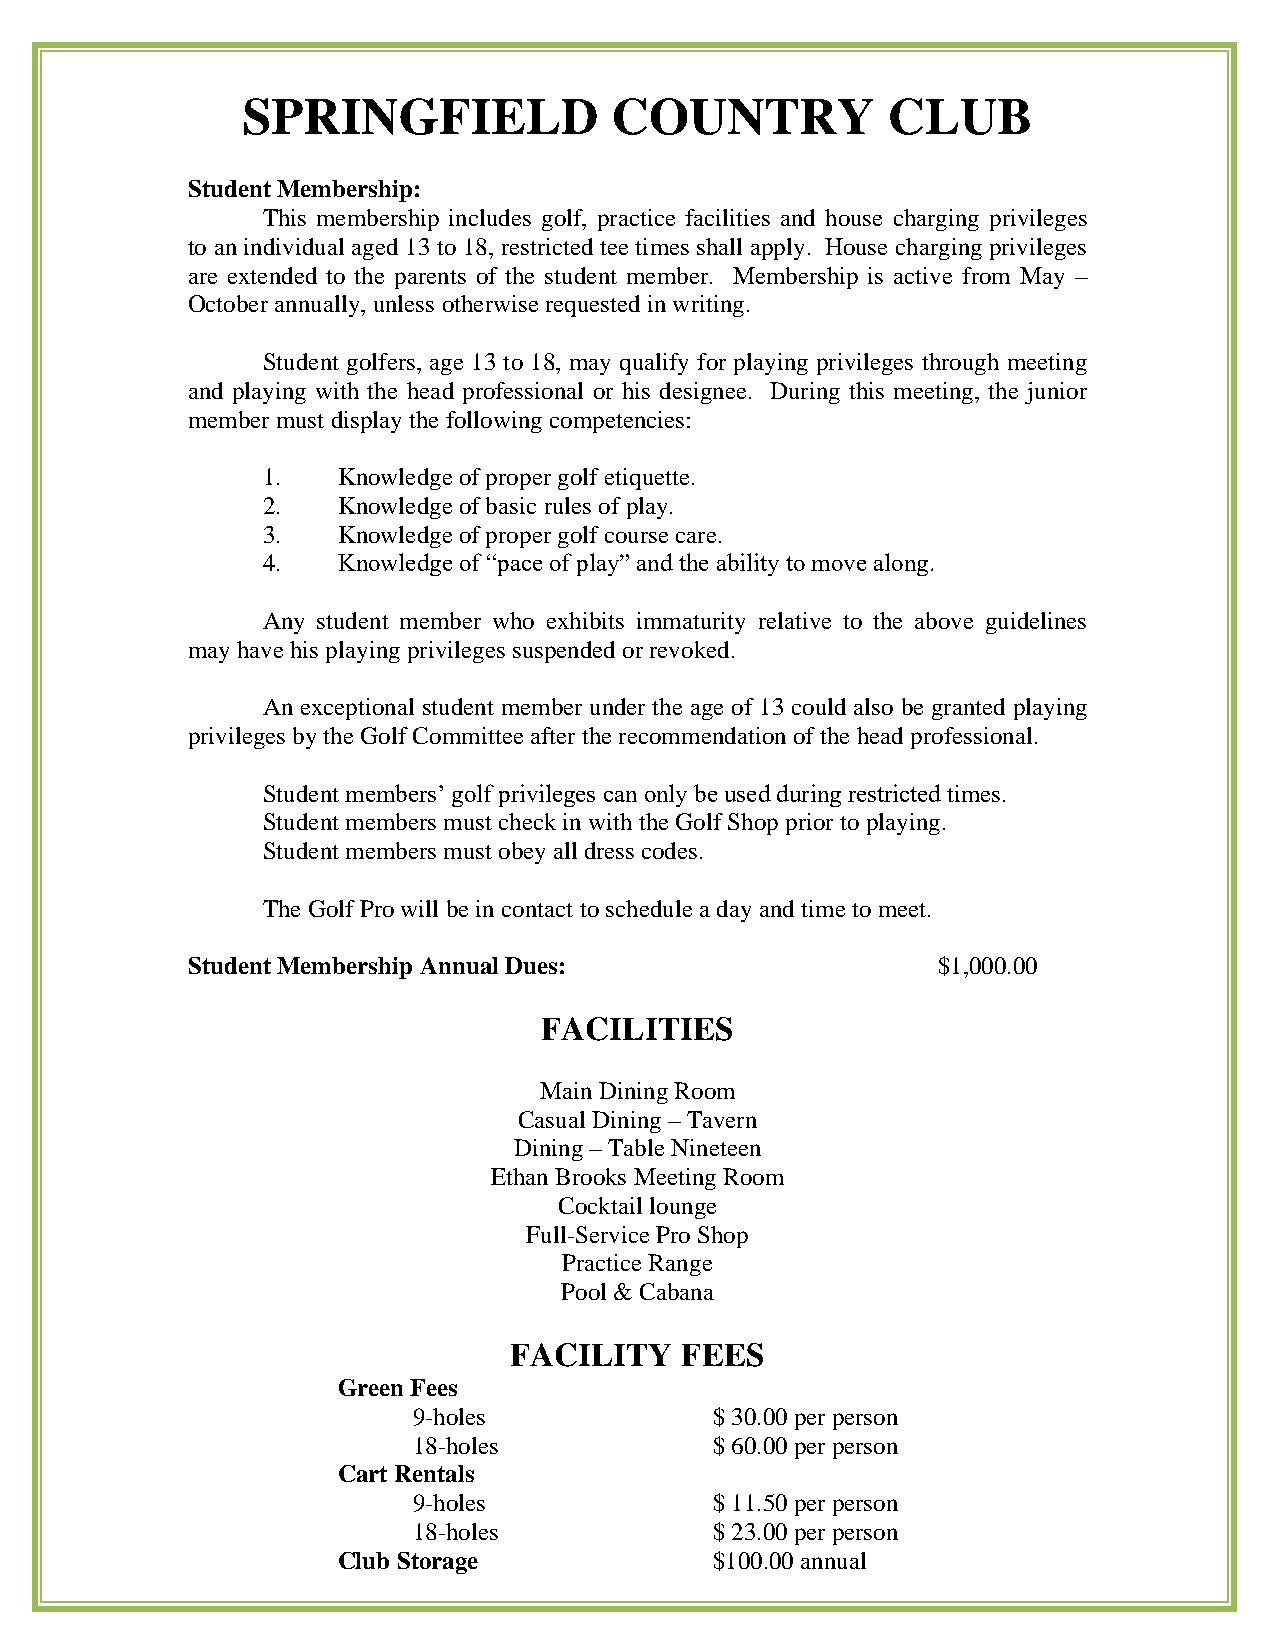
SPRINGFIELD             COUNTRY            CLUB
 Student Membership:
 This membership includes golf, practice facilities and house charging privileges
 to an individual aged 13 to 18, restricted tee times shall apply. House charging privileges
 are extended to the parents of the student member. Membership is active from May –
 October annually, unless otherwise requested in writing.
 Student golfers, age 13 to 18, may qualify for playing privileges through meeting
 and playing with the head professional or his designee. During this meeting, the junior
 member must display the following competencies:
 1.   Knowledge of proper golf etiquette.
 2.   Knowledge of basic rules of play.
 3.   Knowledge of proper golf course care.
 4.   Knowledge of “pace of play” and the ability to move along.
 Any student member who exhibits immaturity relative to the above guidelines
 may have his playing privileges suspended or revoked.
 An exceptional student member under the age of 13 could also be granted playing
 privileges by the Golf Committee after the recommendation of the head professional.
 Student members’ golf privileges can only be used during restricted times.
 Student members must check in with the Golf Shop prior to playing.
 Student members must obey all dress codes.
 The Golf Pro will be in contact to schedule a day and time to meet.
 Student Membership Annual Dues:                   $1,000.00
 FACILITIES
 Main Dining Room
 Casual Dining – Tavern
 Dining – Table Nineteen
 Ethan Brooks Meeting Room
 Cocktail lounge
 Full-Service Pro Shop
 Practice Range
 Pool & Cabana
 FACILITY   FEES
 Green Fees
 9-holes             $ 30.00 per person
 18-holes            $ 60.00 per person
 Cart Rentals
 9-holes             $ 11.50 per person
 18-holes            $ 23.00 per person
 Club Storage             $100.00 annual